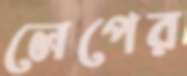
লেপের